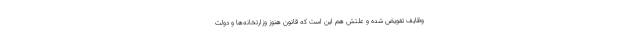
وظایف تفویض شده و علتش هم این است که قانون هنوز وزارتخانه‌ها و دولت